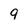
Character: 9